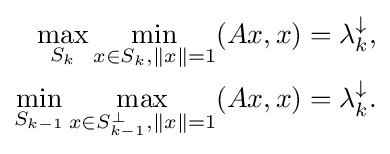
{\begin{aligned}\max _{S_{k}}\min _{x\in S_{k},\|x\|=1}(Ax,x)&=\lambda _{k}^{\downarrow },\\\min _{S_{k-1}}\max _{x\in S_{k-1}^{\perp },\|x\|=1}(Ax,x)&=\lambda _{k}^{\downarrow }.\end{aligned}}